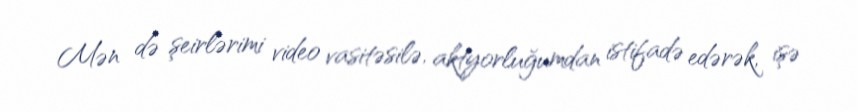
Mən də şeirlərimi video vasitəsilə, aktyorluğumdan istifadə edərək, işə